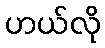
ဟယ်လို